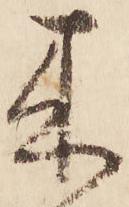
来